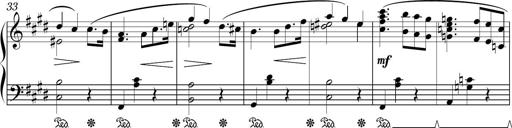
Title: Sonatina in E minor
Composer: Shuwen Zhang
Key: E minor